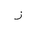
Letter: _zay